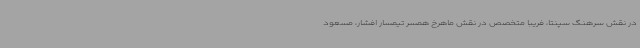
در نقش سرهنگ سپنتا، فریبا متخصص در نقش ماهرخ همسر تیمسار افشار، مسعود